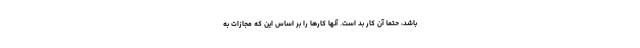
باشد، حتماً آن کار بد است. آنها کارها را بر اساس این که مجازات به